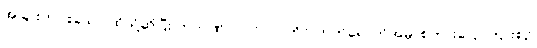
အခြားတပါးသော ထိုသို့ဆိုပြီး ကဘဏ် ပါဝင်လုပ်ကိုင် တက်ရောက်အမှာစကားပြောကြားစဉ်